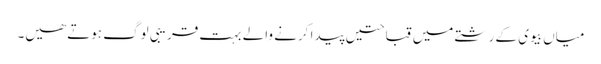
میاں بیوی کے رشتے میں قباحتیں پیدا کرنے والے بہت قریبی لوگ ہوتے ھیں۔